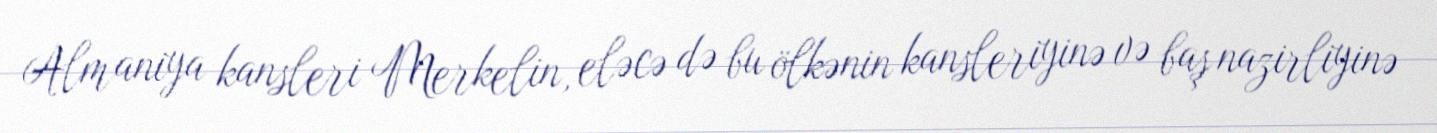
Almaniya kansleri Merkelin, eləcə də bu ölkənin kansleriyinə və baş nazirliyinə